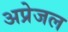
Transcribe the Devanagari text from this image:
अप्रेजल